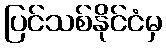
ပြင်သစ်နိုင်ငံမှ